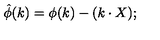
\hat { \phi } ( k ) = \phi ( k ) - ( k \cdot X ) ;